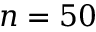
n = 5 0